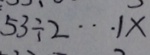
5 3 \div 2 \cdots 1 x